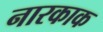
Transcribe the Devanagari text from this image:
नारकाक